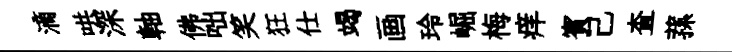
滴哄深軸佛咄笑狂仕竭画玲崛梅痒賓己查蓀